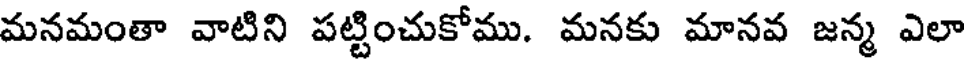
మనమంతా వాటిని పట్టించుకోము. మనకు మానవ జన్మ ఎలా